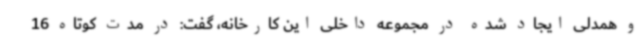
و همدلی ایجاد شده در مجموعه داخلی این کارخانه، گفت: در مدت کوتاه 16